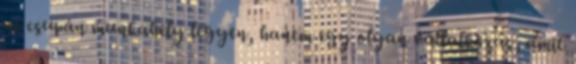
ne csupán munkahely legyen, hanem egy olyan vállalkozás, amit